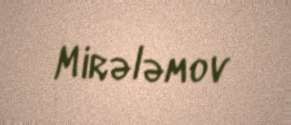
Mirələmov